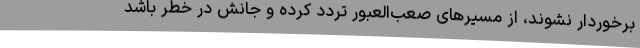
برخوردار نشوند، از مسیرهای صعب‌العبور تردد کرده و جانش در خطر باشد